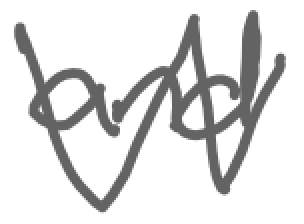
Text: and
Cross-out: mix
Writing tool: digital_gray